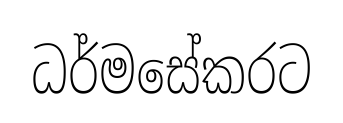
ධර්මසේකරට